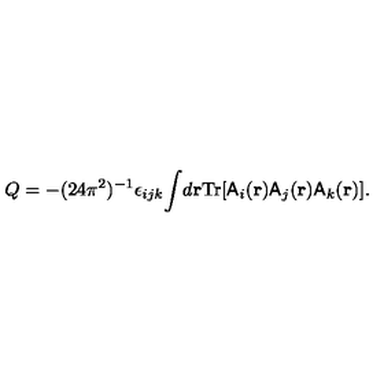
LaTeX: Q = - ( 2 4 { \pi } ^ { 2 } ) ^ { - 1 } { \epsilon } _ { i j k } { \int } d { \bf { r } } \mathrm { T r } [ { \sf A } _ { i } ( { \bf { r } } ) { \sf A } _ { j } ( { \bf { r } } ) { \sf A } _ { k } ( { \bf { r } } ) ] .